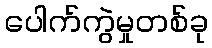
ပေါက်ကွဲမှုတစ်ခု